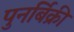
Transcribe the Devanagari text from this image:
पुनर्बिक्री